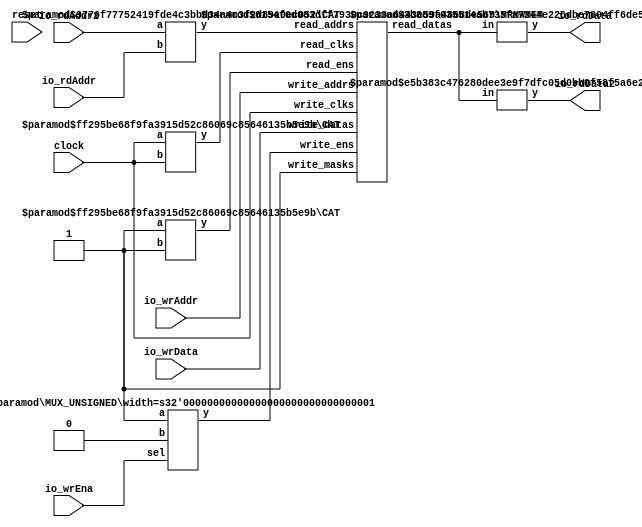
module Complex2R1WCMem(
    input clock,
    input reset,
    input [3:0] io_rdAddr,
    output [7:0] io_rdData,
    input [3:0] io_rdAddr2,
    output [7:0] io_rdData2,
    input io_wrEna,
    input [7:0] io_wrData,
    input [3:0] io_wrAddr
);
    wire [7:0] mem__T_21_data;
    wire mem__T_21_clk;
    wire mem__T_21_en;
    wire [3:0] mem__T_21_addr;
    wire [7:0] mem__T_22_data;
    wire mem__T_22_clk;
    wire mem__T_22_en;
    wire [3:0] mem__T_22_addr;
    wire mem__T_23_clk;
    wire mem__T_23_en;
    wire mem__T_23_mask;
    wire [3:0] mem__T_23_addr;
    wire [7:0] mem__T_23_data;
    wire [15:0] mem_read_datas;
    wire [1:0] mem_read_clks;
    wire [1:0] mem_read_ens;
    wire [7:0] mem_read_addrs;
    wire mem_write_clks;
    wire mem_write_ens;
    wire mem_write_masks;
    wire [3:0] mem_write_addrs;
    wire [7:0] mem_write_datas;
    BITS #(.width(16), .high(7), .low(0)) bits_1 (
        .y(mem__T_21_data),
        .in(mem_read_datas)
    );
    BITS #(.width(16), .high(15), .low(8)) bits_2 (
        .y(mem__T_22_data),
        .in(mem_read_datas)
    );
    CAT #(.width_a(1), .width_b(1)) cat_3 (
        .y(mem_read_clks),
        .a(mem__T_22_clk),
        .b(mem__T_21_clk)
    );
    CAT #(.width_a(1), .width_b(1)) cat_4 (
        .y(mem_read_ens),
        .a(mem__T_22_en),
        .b(mem__T_21_en)
    );
    CAT #(.width_a(4), .width_b(4)) cat_5 (
        .y(mem_read_addrs),
        .a(mem__T_22_addr),
        .b(mem__T_21_addr)
    );
    assign mem_write_datas = mem__T_23_data;
    assign mem_write_clks = mem__T_23_clk;
    assign mem_write_ens = mem__T_23_en;
    assign mem_write_addrs = mem__T_23_addr;
    assign mem_write_masks = mem__T_23_mask;
    MRMWMEM #(.depth(16), .addrbits(4), .width(8), .readernum(2), .writernum(1), .isSyncRead(0)) mem (
        .read_datas(mem_read_datas),
        .read_clks(mem_read_clks),
        .read_ens(mem_read_ens),
        .read_addrs(mem_read_addrs),
        .write_clks(mem_write_clks),
        .write_ens(mem_write_ens),
        .write_masks(mem_write_masks),
        .write_addrs(mem_write_addrs),
        .write_datas(mem_write_datas)
    );
    wire [3:0] _GEN_0;
    assign _GEN_0 = io_wrAddr;
    wire _GEN_1;
    assign _GEN_1 = clock;
    wire _GEN_2;
    MUX_UNSIGNED #(.width(1)) u_mux_6 (
        .y(_GEN_2),
        .sel(io_wrEna),
        .a(1'h1),
        .b(1'h0)
    );
    wire _GEN_3;
    assign _GEN_3 = 1'h1;
    wire [7:0] _GEN_4;
    assign _GEN_4 = io_wrData;
    assign io_rdData = mem__T_21_data;
    assign io_rdData2 = mem__T_22_data;
    assign mem__T_21_addr = io_rdAddr;
    assign mem__T_21_clk = clock;
    assign mem__T_21_en = 1'h1;
    assign mem__T_22_addr = io_rdAddr2;
    assign mem__T_22_clk = clock;
    assign mem__T_22_en = 1'h1;
    assign mem__T_23_addr = _GEN_0;
    assign mem__T_23_clk = _GEN_1;
    assign mem__T_23_data = _GEN_4;
    assign mem__T_23_en = _GEN_2;
    assign mem__T_23_mask = _GEN_3;
endmodule //Complex2R1WCMem
module BITS(y, in);
    parameter width = 4;
    parameter high = 2;
    parameter low = 0;
    output [high-low:0] y;
    input [width-1:0] in;
    assign y = in[high:low];
endmodule // BITS
module CAT(y, a, b);
    parameter width_a = 4;
    parameter width_b = 4;
    output [width_a+width_b-1:0] y;
    input [width_a-1:0] a;
    input [width_b-1:0] b;
    assign y = {a, b};
endmodule // CAT
module MRMWMEM(read_datas, read_clks, read_ens, read_addrs, write_clks, write_ens, write_masks, write_addrs, write_datas);
    parameter depth = 16;
    parameter addrbits = 4;
    parameter width = 32;
    parameter readernum = 2;
    parameter writernum = 2;
    parameter isSyncRead = 0;
    output [(width*readernum-1):0] read_datas;
    input [(1*readernum-1):0] read_clks;
    input [(1*readernum-1):0] read_ens;
    input [(addrbits*readernum-1):0] read_addrs;
    input [1*writernum-1:0] write_clks;
    input [1*writernum-1:0] write_ens;
    input [1*writernum-1:0] write_masks;
    input [(addrbits*writernum-1):0] write_addrs;
    input [(width*writernum-1):0] write_datas;
    reg [width-1:0] memcore [0:depth-1];
    wire [(addrbits*readernum-1):0] final_read_addrs;
    genvar gv_n;
    generate
        for (gv_n = 0; gv_n < readernum; gv_n = gv_n + 1) begin: get_final_raddrs
            if (isSyncRead) begin: raddr_processor
                reg [addrbits-1:0] read_addr_pipe_0;
                always @(posedge read_clks[gv_n]) begin
                    if (read_ens[gv_n]) begin
                        read_addr_pipe_0 <= read_addrs[gv_n*addrbits +: addrbits];
                    end
                end
                assign final_read_addrs[gv_n*addrbits +: addrbits] = read_addr_pipe_0;
            end else begin: raddr_processor
                assign final_read_addrs[gv_n*addrbits +: addrbits] = read_addrs[gv_n*addrbits +: addrbits];
            end
        end
    endgenerate
    genvar gv_k;
    generate
        for (gv_k = 0; gv_k < readernum; gv_k = gv_k + 1) begin: form_read_datas
            assign read_datas[gv_k*width +: width] = memcore[final_read_addrs[gv_k*addrbits +: addrbits]];
        end
    endgenerate
    integer i;
    always @(posedge write_clks[0]) begin
        for (i = 0; i < writernum; i = i + 1) begin
            if (write_ens[i] & write_masks[i]) begin
                memcore[write_addrs[i*addrbits +: addrbits]] <= write_datas[i*width +: width];
            end
        end
    end
endmodule // MRMWMEM
module MUX_UNSIGNED(y, sel, a, b);
    parameter width = 4;
    output [width-1:0] y;
    input sel;
    input [width-1:0] a;
    input [width-1:0] b;
    assign y = sel ? a : b;
endmodule // MUX_UNSIGNED